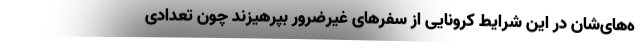
ه‌های‌شان در این شرایط کرونایی از سفرهای غیرضرور بپرهیزند چون تعدادی